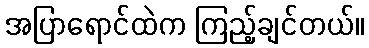
အပြာရောင်ထဲက ကြည့်ချင်တယ်။